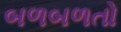
બળબળતો